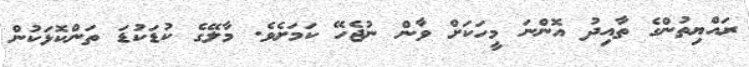
ރައްޔިތުންގެ ތާއިދު އޮންނަ މީހަކަށް ވާން ނުޖެހޭ ކަމަށެވެ. މާލޭގެ ކުޑަކުޑަ ތަންކޮޅަކުން